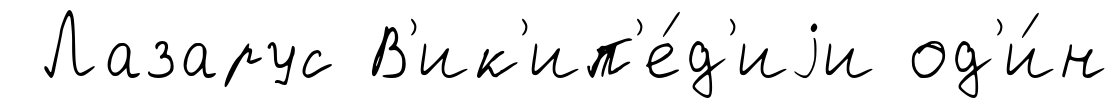
Лазарус В'ик'ип'е́д'иjи од'и́н